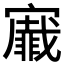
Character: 𭔡